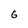
Character: 6